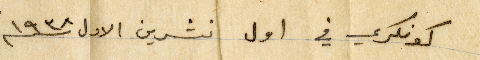
كونكري في اول تشرين الأول ١۹۳٨